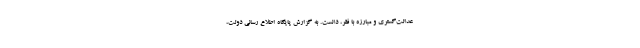
عدالت‌گستری و مبارزه با فقر، دانست. به گزارش پایگاه اطلاع رسانی دولت،